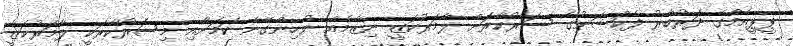
ޕީޕީއެމްގެ ދަރުބާރު ފެކްޝަނުގެ ސަރުކާރަށް ލާމަރުކަޒީ ނިޒާމެއް ނުހިންގޭނެ ކަމަށާއި މިސަރުކާރަކީ ލާމަރުކަޒީ